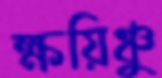
ক্ষয়িঞ্চু